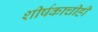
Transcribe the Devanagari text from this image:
शीर्षकाचीही